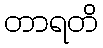
တာရတိ